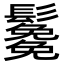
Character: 𩯯